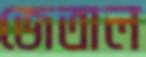
জেতাল